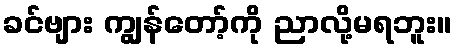
ခင်ဗျား ကျွန်တော့်ကို ညာလို့မရဘူး။